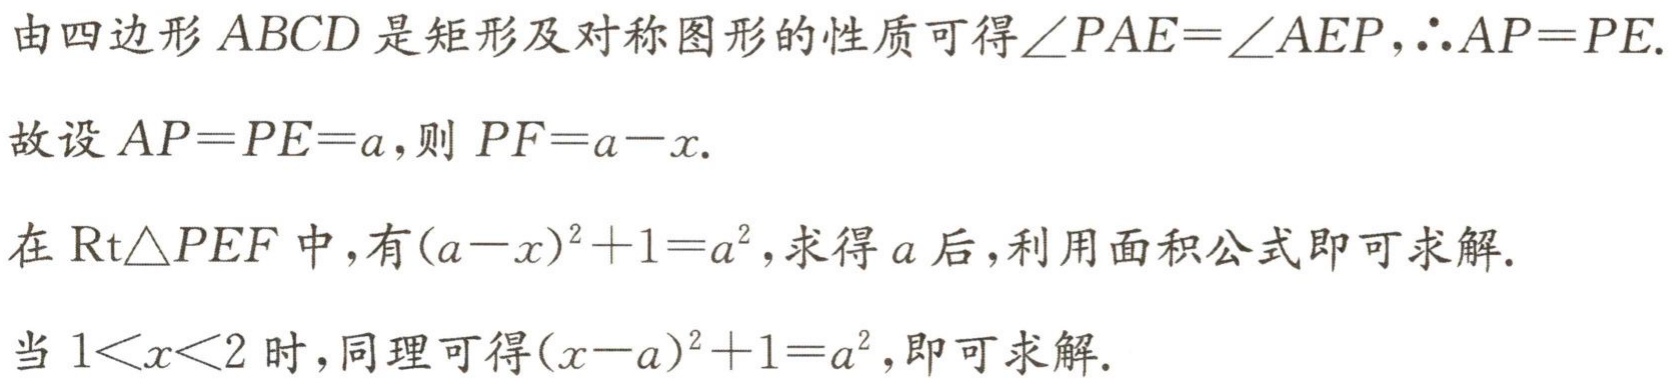
由四边形 \(ABCD\) 是矩形及对称图形的性质可得\(\angle PAE = \angle AEP\)，\(\therefore AP = PE\).
故设 \(AP = PE = a\)，则 \(PF = a - x\).
在 \(\text{Rt}\triangle PEF\) 中，有\((a - x)^2 + 1 = a^2\)，求得 \(a\) 后，利用面积公式即可求解.
当 \(1 < x < 2\) 时，同理可得\((x - a)^2 + 1 = a^2\)，即可求解.